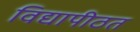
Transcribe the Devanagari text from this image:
विद्यापीठत